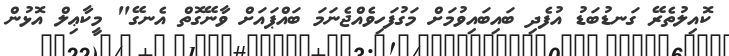
ކޮއިލުތެރޭ ގަނޑުބަޑު އުފެދި ބައިބައިވުމަށް މަގުފަހިވެއްޖެނަމަ ބައްޕައަށް ވާނޭގޮތް އެނގޭ" މީކާޢިލް އޮޅުން